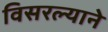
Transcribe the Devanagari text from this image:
विसरल्याने